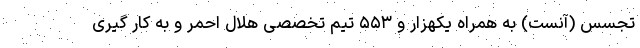
تجسس (آنست) به همراه یکهزار و ۵۵۳ تیم تخصصی هلال احمر و به کار گیری